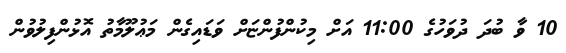
10 ވާ ބުދަ ދުވަހުގެ 11:00 އަށް މިކުންފުންޏަށް ވަޑައިގެން މަޢުލޫމާތު އޮޅުންފިލުވުން